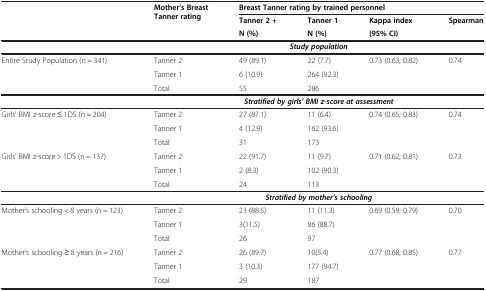
|  | <ROWSPAN=3> Mother’s Breast Tanner rating | <COLSPAN=4> Breast Tanner rating by trained personnel |
 | <ROWSPAN=2>  | Tanner 2 + | Tanner 1 | Kappa index | Spearman |
 | N (%) | N (%) | (95% CI) |  |
 | --- | --- | --- | --- | --- | --- |
 |  | <COLSPAN=5> Study population |
 | <ROWSPAN=3> Entire Study Population (n = 341) | Tanner 2 | 49 (89.1) | 22 (7.7) | <ROWSPAN=3> 0.73 (0.63; 0.82) | <ROWSPAN=3> 0.74 |
 | Tanner 1 | 6 (10.9) | 264 (92.3) |
 | Total | 55 | 286 |
 |  | <COLSPAN=5> Stratified by girls’ BMI z-score at assessment |
 | <ROWSPAN=3> Girls’ BMI z-score ≤ 1DS (n = 204) | Tanner 2 | 27 (87.1) | 11 (6.4) | <ROWSPAN=3> 0.74 (0.65; 0.83) | <ROWSPAN=3> 0.74 |
 | Tanner 1 | 4 (12.9) | 162 (93.6) |
 | Total | 31 | 173 |
 | <ROWSPAN=3> Girls’ BMI z-score > 1DS (n = 137) | Tanner 2 | 22 (91.7) | 11 (9.7) | <ROWSPAN=3> 0.71 (0.62; 0.81) | <ROWSPAN=3> 0.73 |
 | Tanner 1 | 2 (8.3) | 102 (90.3) |
 | Total | 24 | 113 |
 |  | <COLSPAN=5> Stratified by mother’s schooling |
 | <ROWSPAN=3> Mother’s schooling < 8 years (n = 123) | Tanner 2 | 23 (88.5) | 11 (11.3) | <ROWSPAN=3> 0.69 (0.59; 0.79) | <ROWSPAN=3> 0.70 |
 | Tanner 1 | 3(11.5) | 86 (88.7) |
 | Total | 26 | 97 |
 | <ROWSPAN=3> Mother’s schooling ≥ 8 years (n = 216) | Tanner 2 | 26 (89.7) | 10(5.4) | <ROWSPAN=3> 0.77 (0.68; 0.85) | <ROWSPAN=3> 0.77 |
 | Tanner 1 | 3 (10.3) | 177 (94.7) |
 | Total | 29 | 187 |